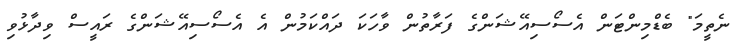
ނެތީމަ" ބެޑްމިންޓަން އެސޯސިއޭޝަންގެ ފަރާތުން ވާހަކަ ދައްކަމުން އެ އެސޯސިއޭޝަންގެ ރައީސް ވިދާޅުވި